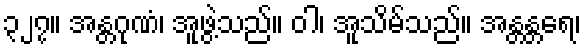
၃၂၇။ အန္တဂုဏံ၊ အူဖွဲ့သည်။ ဝါ၊ အူသိမ်သည်။ အန္တန္တရေ၊